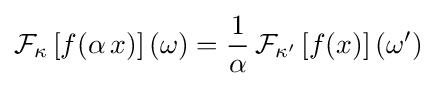
{\cal {F}}_{\kappa }\left[f(\alpha \,x)\right](\omega )={1 \over \alpha }\,{\cal {F}}_{\kappa ^{\prime }}\left[f(x)\right](\omega ^{\prime })